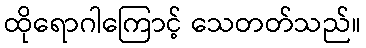
ထိုရောဂါကြောင့် သေတတ်သည်။